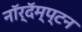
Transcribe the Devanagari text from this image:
नॉर्‌दॅम्प्टन